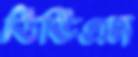
ডিভিএম